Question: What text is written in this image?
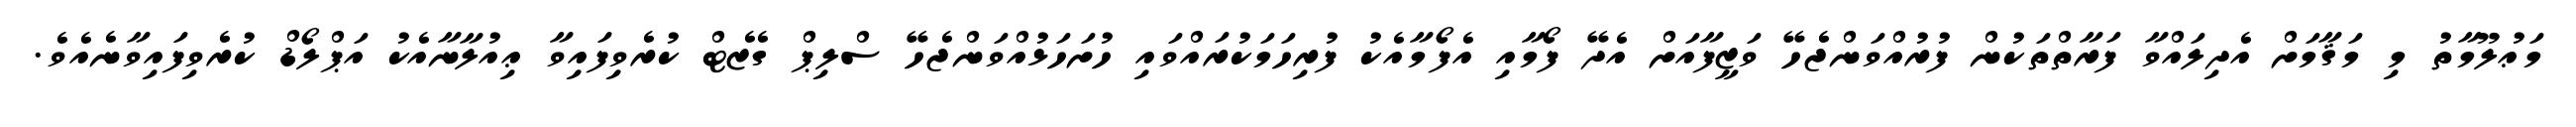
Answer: މަޢުލޫމާތު މި މަޤާމަށް އެދިލައްވާ ފަރާތްތަކުން ފުރުއްވަންޖެހޭ ވަޒީފާއަށް އެދޭ ފޯމާއި އެފޯމާއެކު ފުރިހަމަކުރައްވައި ހުށަހަޅުއްވަންޖެހޭ ސްލިޕް ގެޒެޓް ކުރެވިފައިވާ ޢިއުލާނާއެކު އަޕްލޯޑް ކުރެވިފައިވާނެއެވެ.